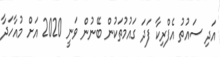
އަދި ސައުތު އެފްރިކާ ފަދަ ގައުމުތަކުން ބޭނުން ވަނީ 2020 އަށް މުއާހަދާ